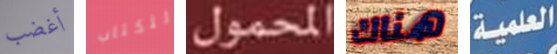
أغضب للكتاب المحمول هناك العملية